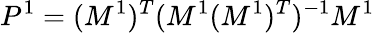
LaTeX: P^{1}=(M^{1})^{T}(M^{1}(M^{1})^{T})^{-1}M^{1}